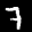
Label: 7